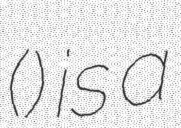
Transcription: (我家四个宝) is a